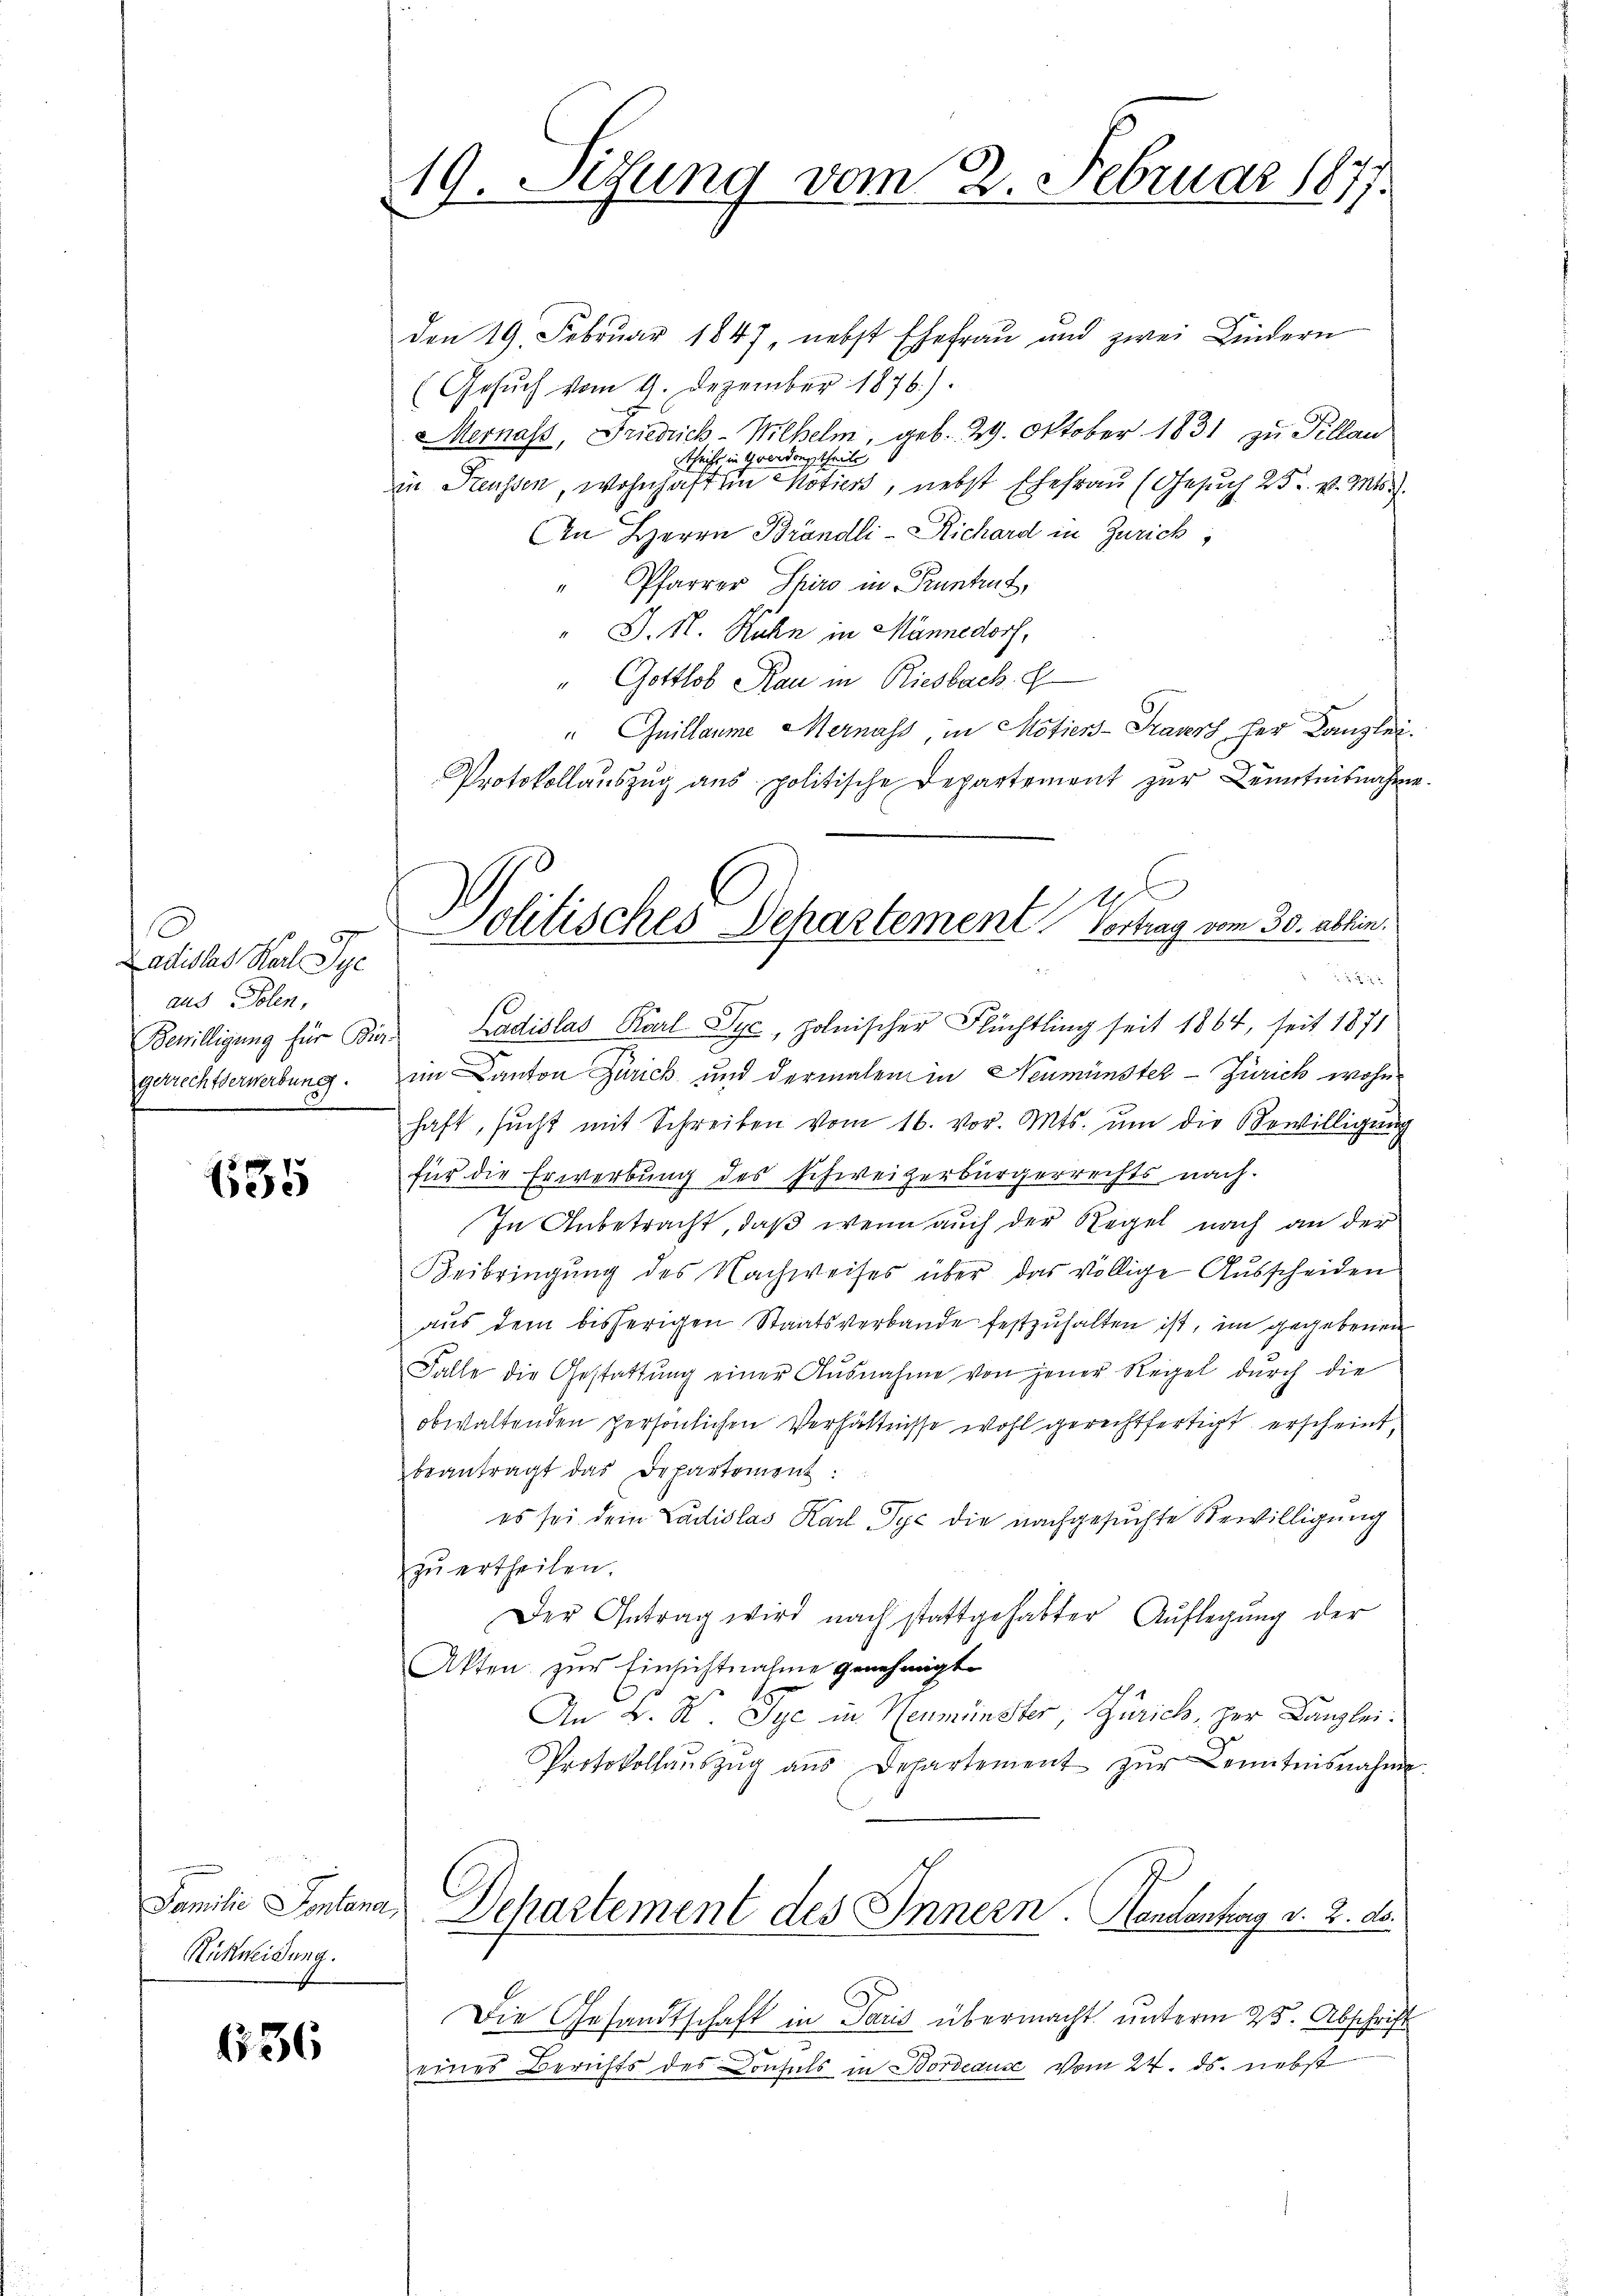
Ladislat Karl Sye
aus Polen,
Bewilligung für Bürgerrechtserwerbung.

635

Rickweidung.

636

19. Setzung vom 2. Februar 1877.

den 19. Febrŭar 1847, nebst Ehefrau und zwei Lindern
(Gesŭch vom 9. Dezember 1876).
Mernass, Friedrich-Wilhelm, geb. 29. Oktober 1831 zu Tillau
stheils in Grandortheile
in Steussen, wohnhaft ein Notiers, nebst Ehefrau (Gesuch 25. v. Mts.
An Herrn Brändli-Richard in Zürich,
" Pfarrer Spiro in Pruntrut,
" J. H. Rahn in Männedorf,
" Gottlob Rau in Riesbach. E
" Quillaume Mernass, in Motiers-Transch her Kanzlei.
Protokollauszug aus politische Departement zur Kenntnisnahme.
Ladislas Karl Syc, polnischer Flüchtling seit 1864, seit 1871
im Canton Zürich und dermalen in Neumünster - Zürich wohnhaft, sŭcht mit Schreiben vom 16. vor. Mts. um die Bewilligung
für die Erwerbung des Schweizerbürgerrechts nach.
In Anbetracht, daß wenn auch der Regel nach an der
Beibringung des Nachweises über das völlige Ausscheiden
aŭs dem bisherigen Staatsverbande festzŭhalten ist, im gegebenen
10
Falle die Gestattŭng einer Ausnahme von jener Regel durch die
obwaltenden persönlichen Verhältnisse wohl gerechtfertigt erscheint,
beantragt das Departement:
es sei dem Ladislas Karl Pyc die nachgesuchte Bewilligung
zŭ ertheilen.
Der Getrag wird nach stattgehabter Auflegŭng der
Akten zur Einsichtnahme genehmigt.
An L. K. Sye in Neumünster, Zürich, zur Kanzlei.
Protokollaŭszŭg aŭs Departement zŭr Kenntnisnahme.
Familie Sontana, Dehartement des Innern. Handenkarg v. 2. ds.
Die Gesandtschaft in Paris übermacht unterm 25. Abschrift
eines Berichts des Consuls in Bordeause vom 24. ds. nebst

.
Politisches Departement Vortrag vom 30. abhin.